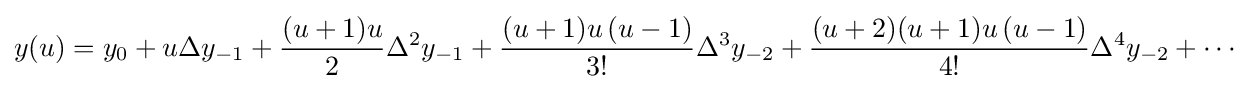
y(u)=y_{0}+u\Delta y_{-1}+{\frac {(u+1)u}{2}}\Delta ^{2}y_{-1}+{\frac {(u+1)u\left(u-1\right)}{3!}}\Delta ^{3}y_{-2}+{\frac {(u+2)(u+1)u\left(u-1\right)}{4!}}\Delta ^{4}y_{-2}+\cdots